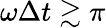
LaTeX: \omega\Delta t\gtrsim\pi